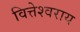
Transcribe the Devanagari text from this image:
वित्तेश्वराय